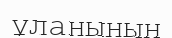
ұланының